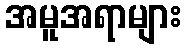
အမူအရာများ